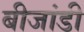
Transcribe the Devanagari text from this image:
बीजांडी